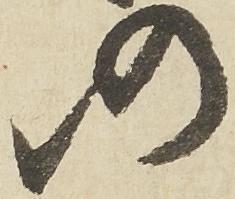
仍